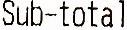
SUB-TOTAL